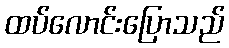
ထပ်လောင်းပြောသည်